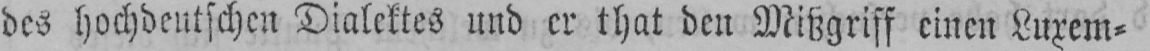
des hochdeutschen Dialektes und er that den Mißgriff einen Luxem⸗